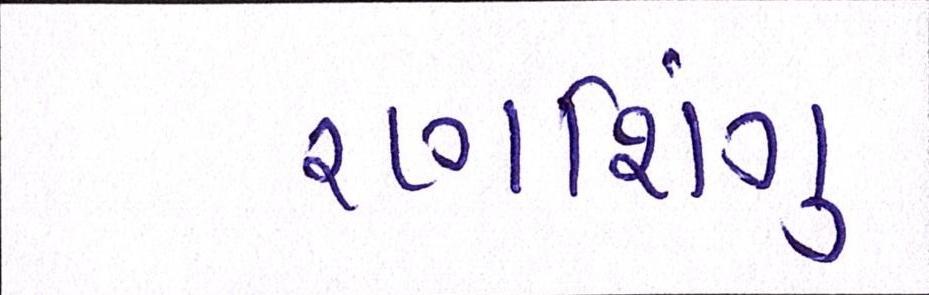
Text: રણશિંગુ